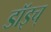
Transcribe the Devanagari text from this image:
डॉइच्